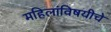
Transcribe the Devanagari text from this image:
महिलांविषयीचे